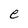
Character: e